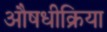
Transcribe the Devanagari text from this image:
औषधीक्रिया